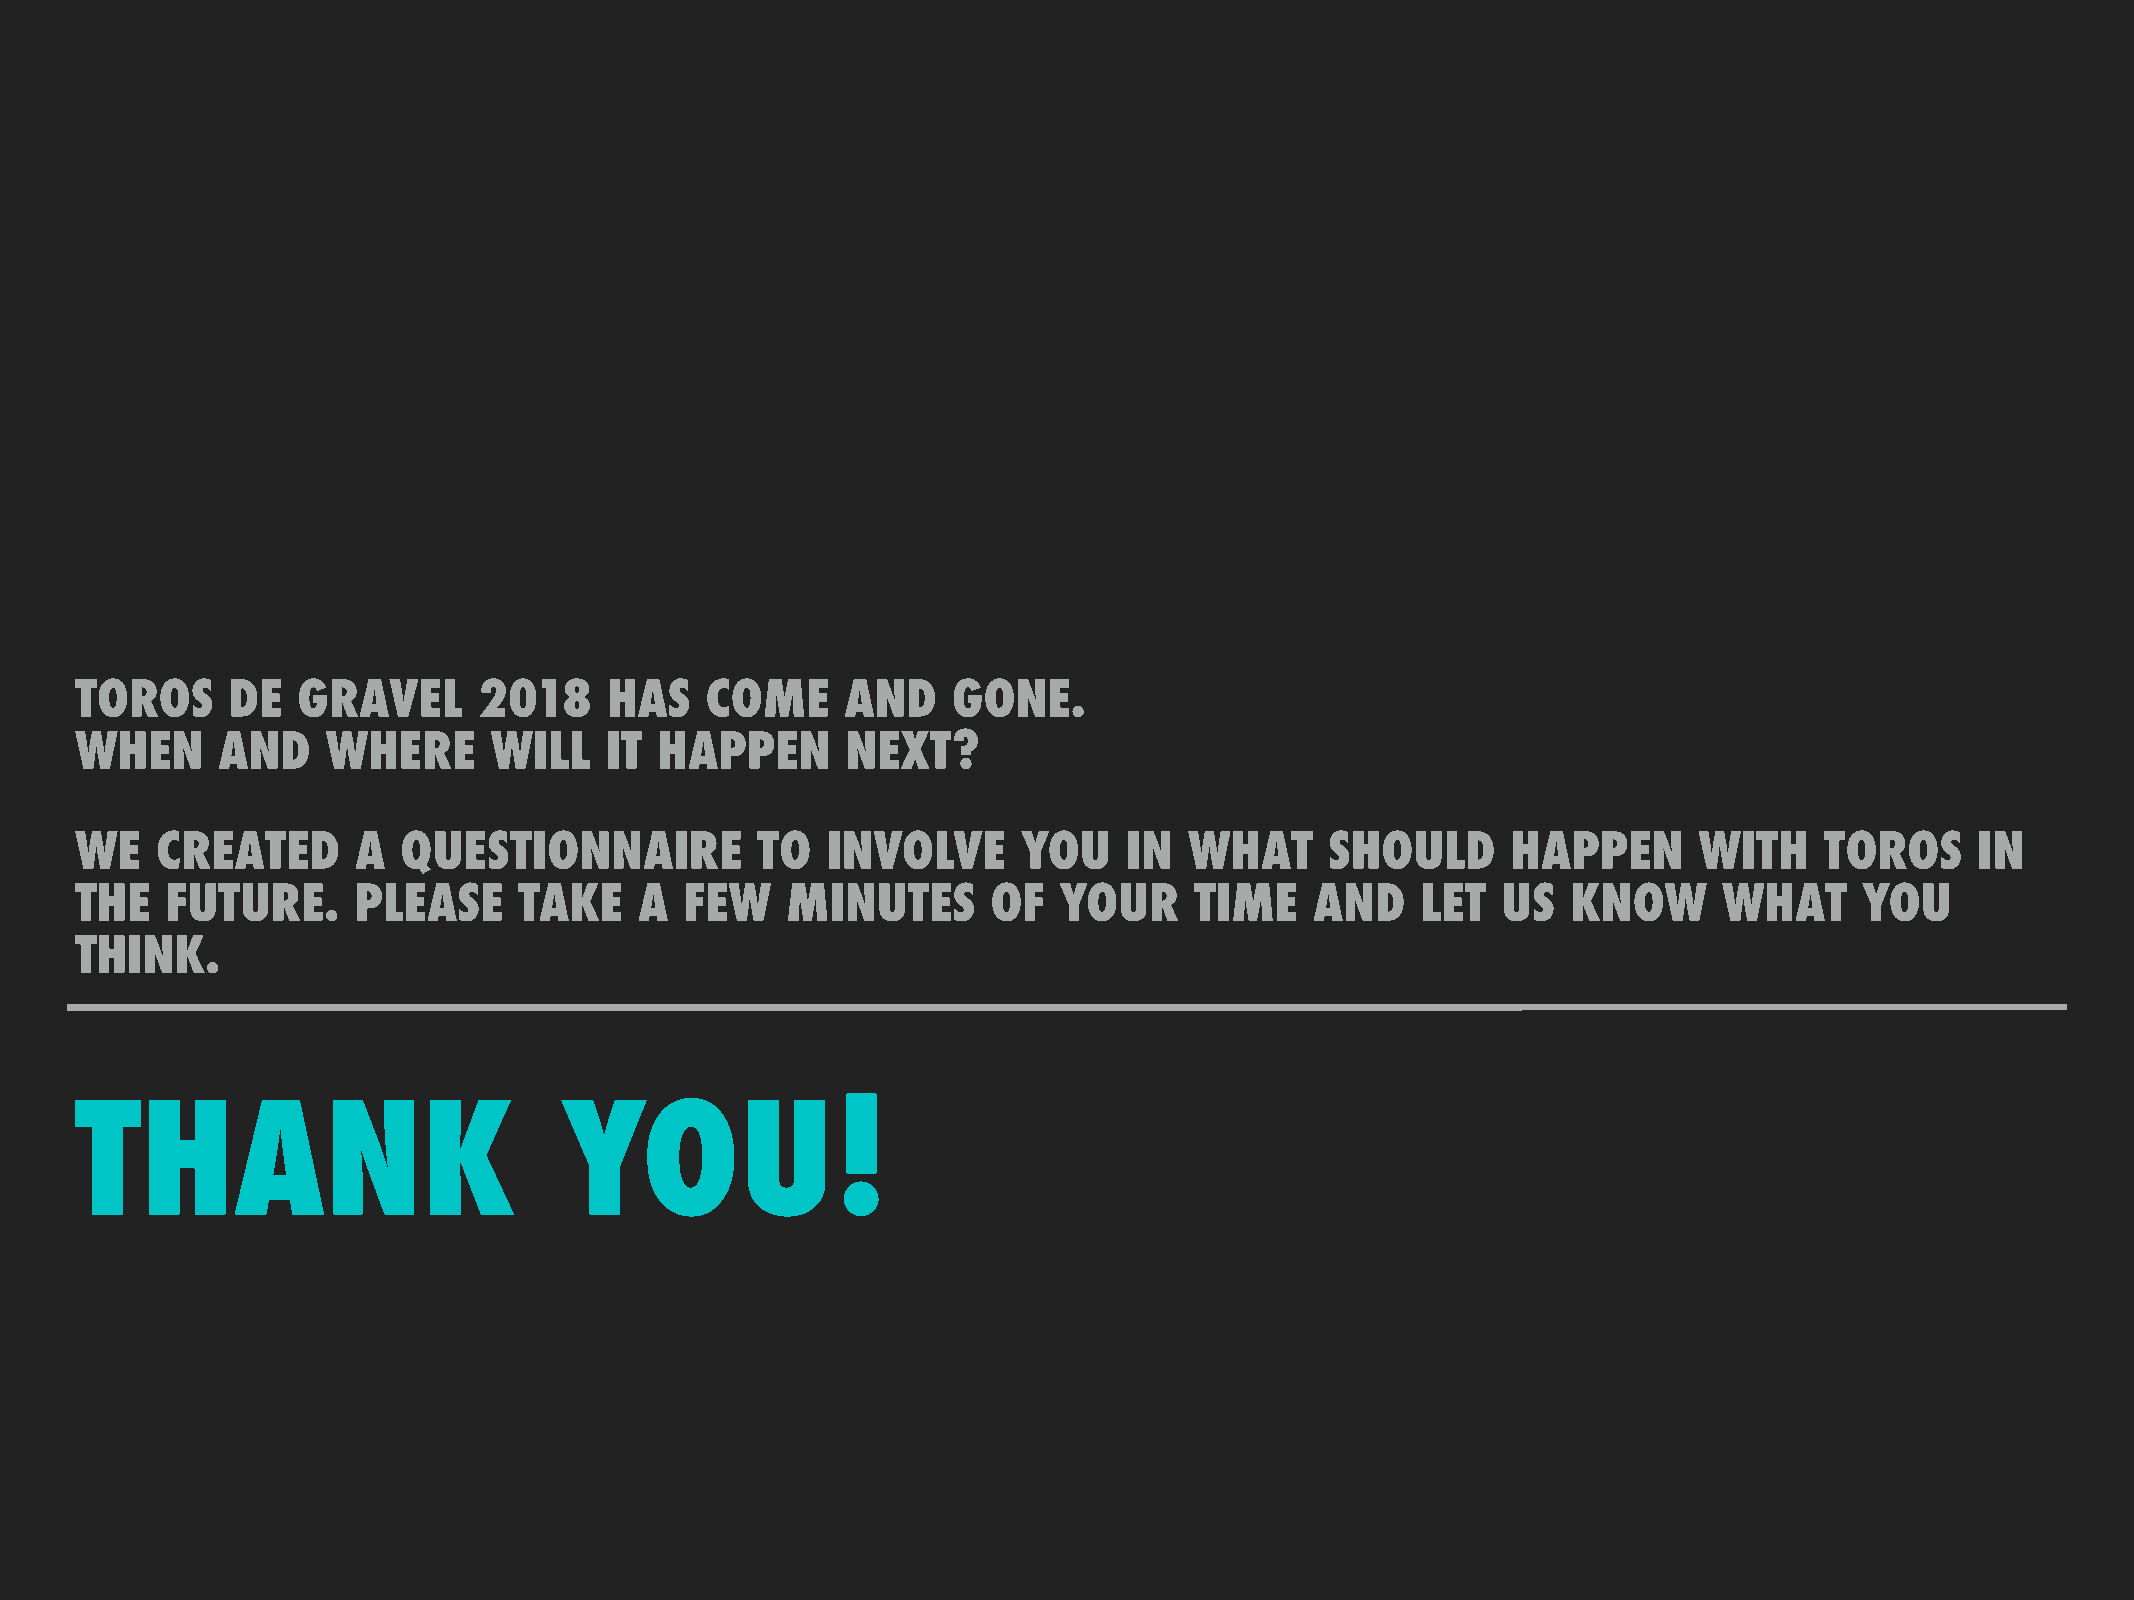
TOROS     DE   GRAVEL      2018    HAS    COME     AND    GONE.
 WHEN     AND     WHERE     WILL    IT  HAPPEN      NEXT?
 WE   CREATED       A QUESTIONNAIRE           TO   INVOLVE      YOU    IN  WHAT     SHOULD      HAPPEN      WITH     TOROS     IN
 THE   FUTURE.     PLEASE     TAKE    A  FEW    MINUTES       OF  YOUR     TIME    AND    LET  US   KNOW      WHAT     YOU
 THINK.
 THANK                           YOU!